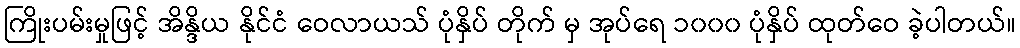
ကြိုးပမ်းမှုဖြင့် အိန္ဒိယ နိုင်ငံ ဝေလာယသ် ပုံနှိပ် တိုက် မှ အုပ်ရေ ၁၀၀၀ ပုံနှိပ် ထုတ်ဝေ ခဲ့ပါတယ်။